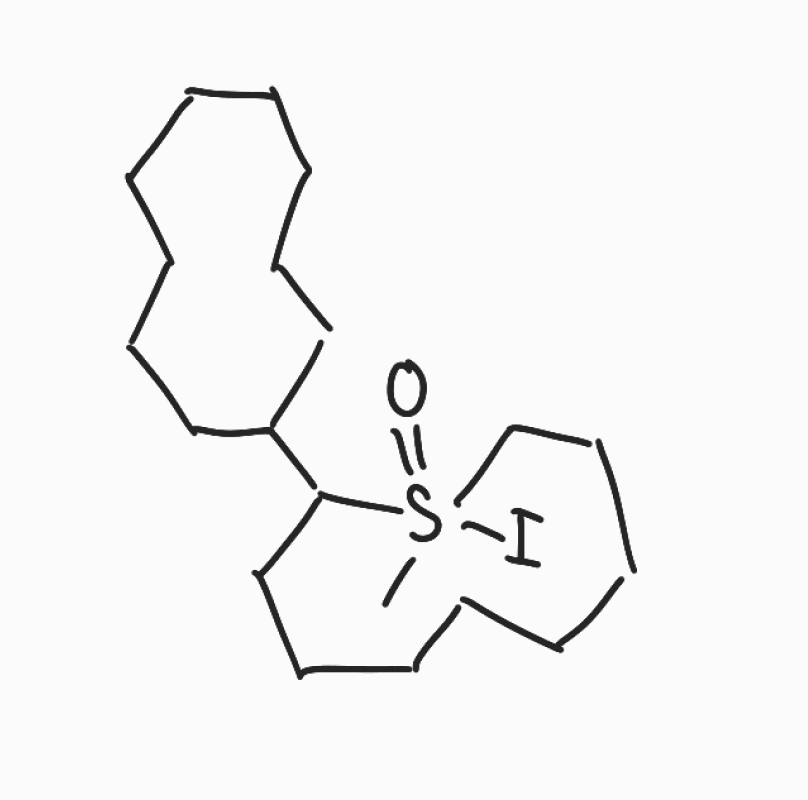
Simplified molecular-input line-entry system (SMILES) notation of the given molecule:
CS1(=O)(CCCCCCCCC1C2CCCCCCCCC2)I